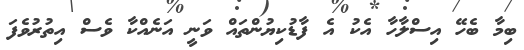
ބިމާ ބެހޭ އިސްލާހާ އެކު އެ ފާޑުކިޔުންތައް ވަނީ އަނެއްކާ ވެސް އިތުރުވެފަ